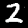
Label: 2